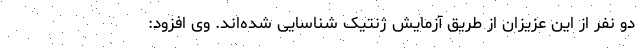
دو نفر از این عزیزان از طریق آزمایش ژنتیک شناسایی شده‌اند. وی افزود: